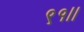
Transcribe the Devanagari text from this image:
९१।।